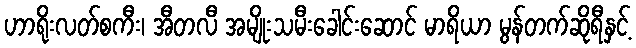
ဟာရိုးလတ်စကီး၊ အီတလီ အမျိုးသမီးခေါင်းဆောင် မာရိယာ မွန်တက်ဆိုရီနှင့်